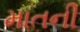
માતની